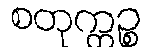
စတုက္ကဉ္စ